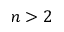
n > 2